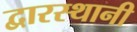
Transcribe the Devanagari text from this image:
द्वारस्थानी